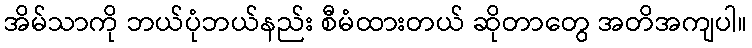
အိမ်သာကို ဘယ်ပုံဘယ်နည်း စီမံထားတယ် ဆိုတာတွေ အတိအကျပါ။